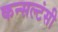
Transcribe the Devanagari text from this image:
कन्सल्टंसी